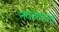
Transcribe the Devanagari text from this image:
नवजवानों